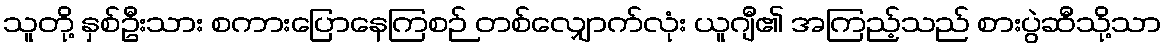
သူတို့ နှစ်ဦးသား စကားပြောနေကြစဉ် တစ်လျှောက်လုံး ယူဂျီ၏ အကြည့်သည် စားပွဲဆီသို့သာ